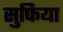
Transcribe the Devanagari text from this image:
सुफिया